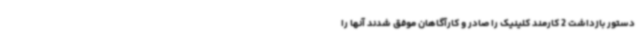
دستور بازداشت 2 کارمند کلینیک را صادر و کارآگاهان موفق شدند آنها را